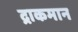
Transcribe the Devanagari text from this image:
द्राकमान